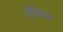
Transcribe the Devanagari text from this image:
रोविक